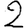
Digit: 2